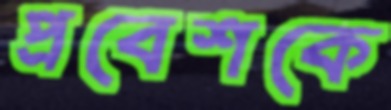
প্রবেশকে